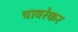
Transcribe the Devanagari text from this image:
चावरेकर